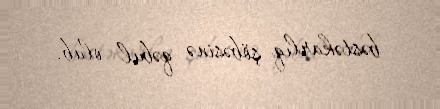
bəstəkarlıq şöbəsinə qəbul olub.